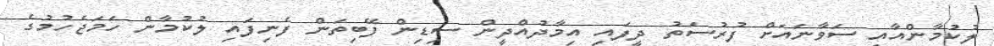
ލުކުމާންއާއި ސަވާނައަށް ފުރުސަތު ދީފައި އިމާދުއްދީން ސިޑިން ފޭބިތަން ފެނިފައި ލުކުމާން ހަމަޖެހުމުގެ